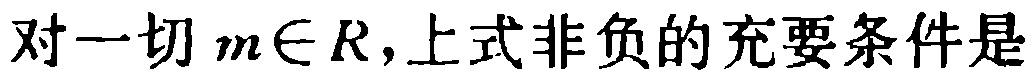
对一切 \(m\in R\)，上式非负的充要条件是